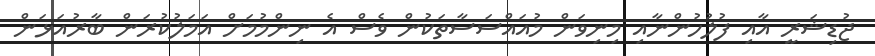
ޖުޑިޝަރީ އާއި ފުލުހުންނާއި މިނިވަން މުއައްސަސާތަކުން ވެސް އެ ނިންމުމަށް އަމަލުކުރަން ބާރުއަޅަން